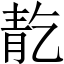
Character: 𲊕